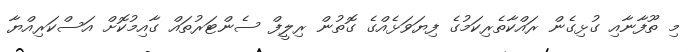
މި ތޫފާނާއި ގުޅިގެން ރައްކާތެރިކަމުގެ ފިޔަވަޅެއްގެ ގޮތުން ރިލީފް ސެންޓަރުތައް ގާއިމުކޮށް އަސްކަރިއްޔާ